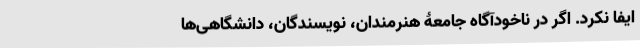
ایفا نکرد. اگر در ناخودآگاه جامعۀ هنرمندان، نویسندگان، دانشگاهی‌ها